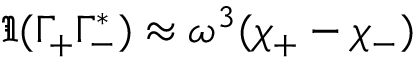
\Im ( \Gamma _ { + } \Gamma _ { - } ^ { * } ) \approx \omega ^ { 3 } ( \chi _ { + } - \chi _ { - } )